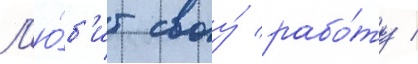
Л'ю́б'ит своу́ рабо́ту /